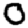
Digit: 0